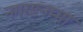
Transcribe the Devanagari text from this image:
नगरात्नम्मा